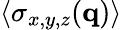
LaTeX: \langle\sigma_{x,y,z}(\mathbf{q})\rangle